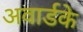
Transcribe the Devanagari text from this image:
अवार्डके